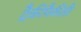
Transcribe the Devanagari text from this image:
ट्रैकीपैकीडी